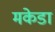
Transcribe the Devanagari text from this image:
मकेडा